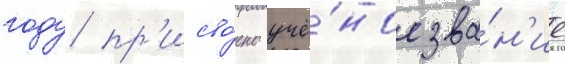
году пр'исво́ено учё́ное зва́н'ие